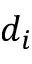
d _ { i }